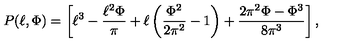
P ( \ell , \Phi ) = \left[ \ell ^ { 3 } - \frac { \ell ^ { 2 } \Phi } { \pi } + \ell \left( \frac { { \Phi } ^ { 2 } } { 2 { \pi } ^ { 2 } } - 1 \right) + \frac { 2 { \pi } ^ { 2 } \Phi - { \Phi } ^ { 3 } } { 8 { \pi } ^ { 3 } } \right] ,